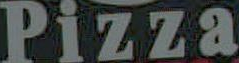
Pizza